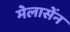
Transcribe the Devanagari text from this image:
मेलासेंन